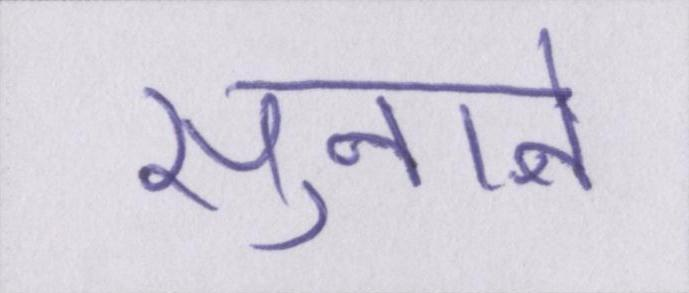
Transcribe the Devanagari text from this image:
सुनाने